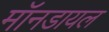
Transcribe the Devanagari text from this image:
मॉनडायल